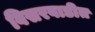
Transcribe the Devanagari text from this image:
विसरवाडीत